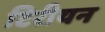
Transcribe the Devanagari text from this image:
टिरीयन